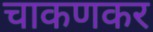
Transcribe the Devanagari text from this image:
चाकणकर